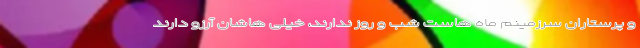
و پرستاران سرزمینم ماه هاست شب و روز ندارند، خیلی هاشان آرزو دارند